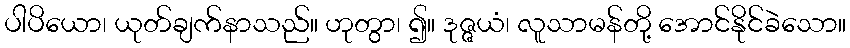
ပါပိယော၊ ယုတ်ချက်နာသည်။ ဟုတွာ၊ ၍။ ဒုဇ္ဇယံ၊ လူသာမန်တို့ အောင်နိုင်ခဲသော။